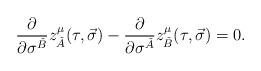
LaTeX: \begin{align*}\frac{\partial}{\partial\sigma^{\check{B}}}z^\mu_{\check{A}}(\tau,\vec{\sigma})-\frac{\partial}{\partial\sigma^{\check{A}}}z^\mu_{\check{B}}(\tau,\vec{\sigma})=0. \end{align*}